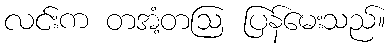
လင်းက တအံ့တဩ ပြန်မေးသည်။